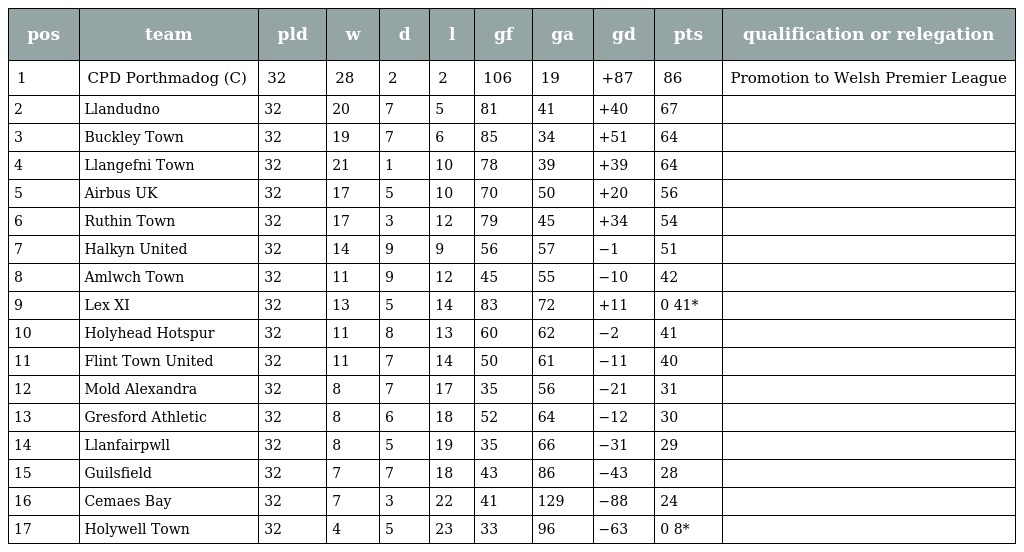
| pos | team | pld | w | d | l | gf | ga | gd | pts | qualification or relegation |
 | --- | --- | --- | --- | --- | --- | --- | --- | --- | --- | --- |
 | 1 | CPD Porthmadog (C) | 32 | 28 | 2 | 2 | 106 | 19 | +87 | 86 | Promotion to Welsh Premier League |
 | 2 | Llandudno | 32 | 20 | 7 | 5 | 81 | 41 | +40 | 67 |  |
 | 3 | Buckley Town | 32 | 19 | 7 | 6 | 85 | 34 | +51 | 64 |  |
 | 4 | Llangefni Town | 32 | 21 | 1 | 10 | 78 | 39 | +39 | 64 |  |
 | 5 | Airbus UK | 32 | 17 | 5 | 10 | 70 | 50 | +20 | 56 |  |
 | 6 | Ruthin Town | 32 | 17 | 3 | 12 | 79 | 45 | +34 | 54 |  |
 | 7 | Halkyn United | 32 | 14 | 9 | 9 | 56 | 57 | −1 | 51 |  |
 | 8 | Amlwch Town | 32 | 11 | 9 | 12 | 45 | 55 | −10 | 42 |  |
 | 9 | Lex XI | 32 | 13 | 5 | 14 | 83 | 72 | +11 | 0 41* |  |
 | 10 | Holyhead Hotspur | 32 | 11 | 8 | 13 | 60 | 62 | −2 | 41 |  |
 | 11 | Flint Town United | 32 | 11 | 7 | 14 | 50 | 61 | −11 | 40 |  |
 | 12 | Mold Alexandra | 32 | 8 | 7 | 17 | 35 | 56 | −21 | 31 |  |
 | 13 | Gresford Athletic | 32 | 8 | 6 | 18 | 52 | 64 | −12 | 30 |  |
 | 14 | Llanfairpwll | 32 | 8 | 5 | 19 | 35 | 66 | −31 | 29 |  |
 | 15 | Guilsfield | 32 | 7 | 7 | 18 | 43 | 86 | −43 | 28 |  |
 | 16 | Cemaes Bay | 32 | 7 | 3 | 22 | 41 | 129 | −88 | 24 |  |
 | 17 | Holywell Town | 32 | 4 | 5 | 23 | 33 | 96 | −63 | 0 8* |  |